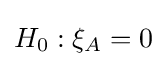
H_{0}:\xi _{A}=0